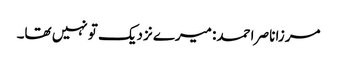
مرزا ناصر احمد: میرے نزدیک تو نہیں تھا۔